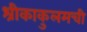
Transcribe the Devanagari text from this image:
श्रीकाकुलमची